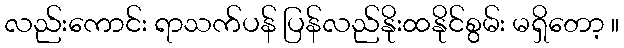
လည်းကောင်း ရာသက်ပန် ပြန်လည်နိုးထနိုင်စွမ်း မရှိတော့ ။